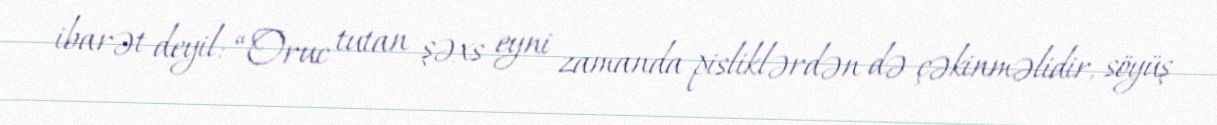
ibarət deyil: “Oruc tutan şəxs eyni zamanda pisliklərdən də çəkinməlidir, söyüş